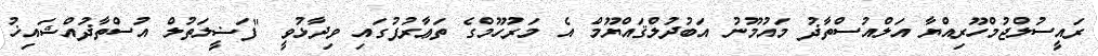
ރައީސުލްޖުމްހޫރިއްޔާ އަލްއުސްތާޛު މައުމޫނު އަބުދުލްޤައްޔޫމް އެ މަރުހޫމްގެ ތަޢާރުފުގައި ވިދާޅުވީ "ފަޟީލަތުލް އުސްތާޛުއްޝައިޚު